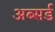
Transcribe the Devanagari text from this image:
अब्सर्ड